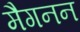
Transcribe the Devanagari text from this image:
मैगनन